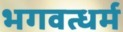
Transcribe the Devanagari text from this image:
भगवत्धर्म